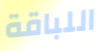
اللباقة